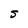
Character: S